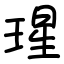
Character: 瑆